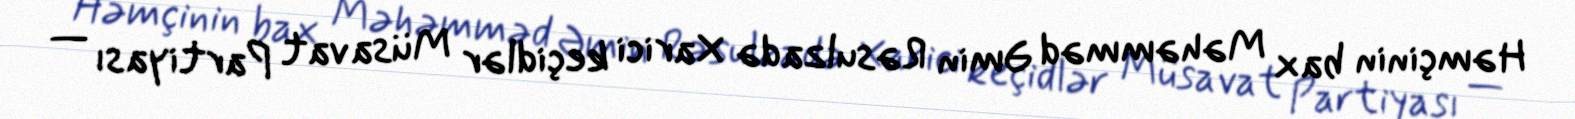
Həmçinin bax Məhəmməd Əmin Rəsulzadə Xarici keçidlər Müsavat Partiyası —